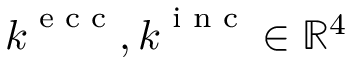
\boldsymbol { k } ^ { \textnormal { \scriptsize e c c } } , \boldsymbol { k } ^ { \textnormal { \scriptsize i n c } } \in \mathbb { R } ^ { 4 }